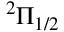
^ 2 \Pi _ { 1 / 2 }